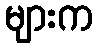
များက